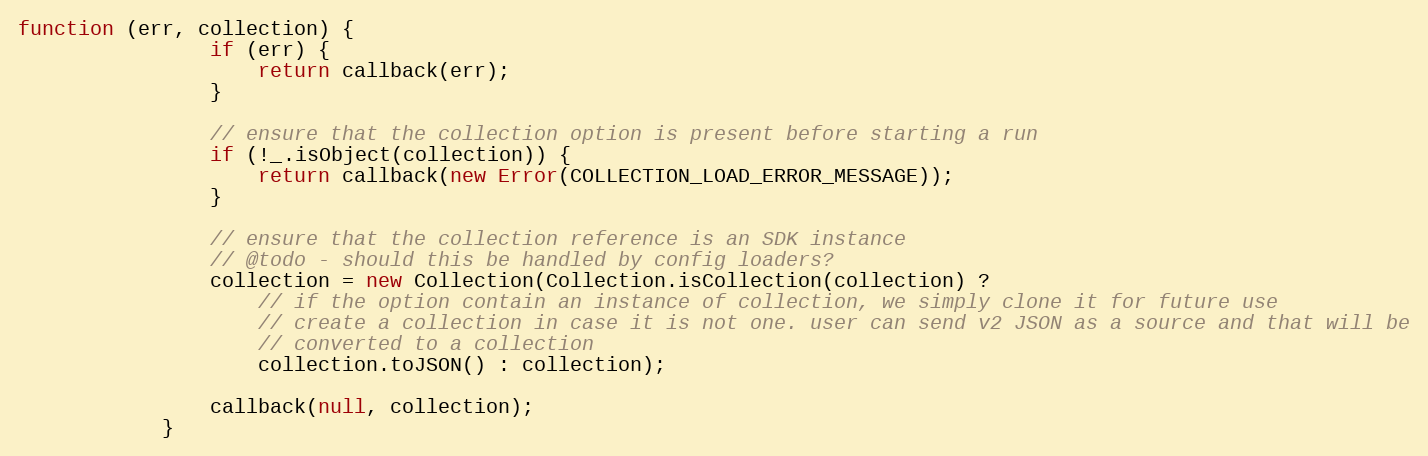
Language: JavaScript
function (err, collection) {
                if (err) {
                    return callback(err);
                }

                // ensure that the collection option is present before starting a run
                if (!_.isObject(collection)) {
                    return callback(new Error(COLLECTION_LOAD_ERROR_MESSAGE));
                }

                // ensure that the collection reference is an SDK instance
                // @todo - should this be handled by config loaders?
                collection = new Collection(Collection.isCollection(collection) ?
                    // if the option contain an instance of collection, we simply clone it for future use
                    // create a collection in case it is not one. user can send v2 JSON as a source and that will be
                    // converted to a collection
                    collection.toJSON() : collection);

                callback(null, collection);
            }